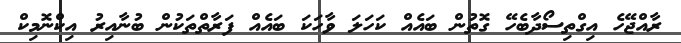
ރާއްޖޭހެ އިގްތިސޯދާބެހޭ ގޮތުން ބައެއް ކަހަލަ ވާހަކަ ބައެއް ފަރާތްތަކުން ބުނާއިރު އިކްނޮމިކް